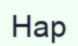
Нар